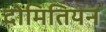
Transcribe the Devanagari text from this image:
दोमितियन